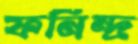
ফনিন্দ্র